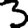
Digit: 3